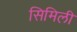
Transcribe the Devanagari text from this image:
सिमिली